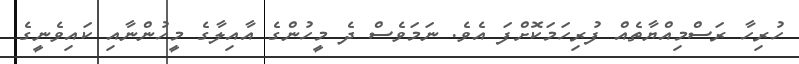
ހުރިހާ ރަސްމިއްޔާތެއް ފުރިހަމަކޮށްފަ އެވެ. ނަމަވެސް ދެ މީހުންގެ އާއިލާގެ މީހުންނާއި ކައިވެނީގެ